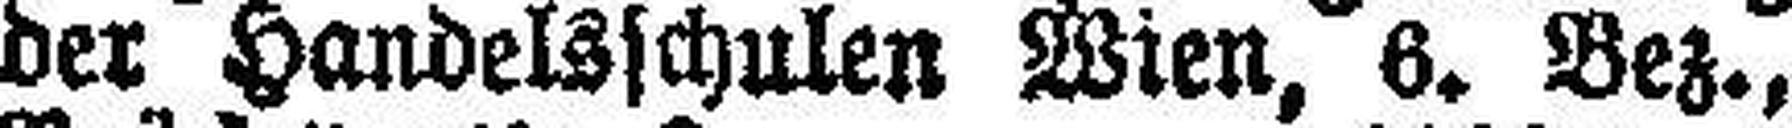
der Handelsschulen Wien, 6. Bez.,